65_HS1-834228961_62-HQ-83894_Section_1
Agency: FBI
Page 177
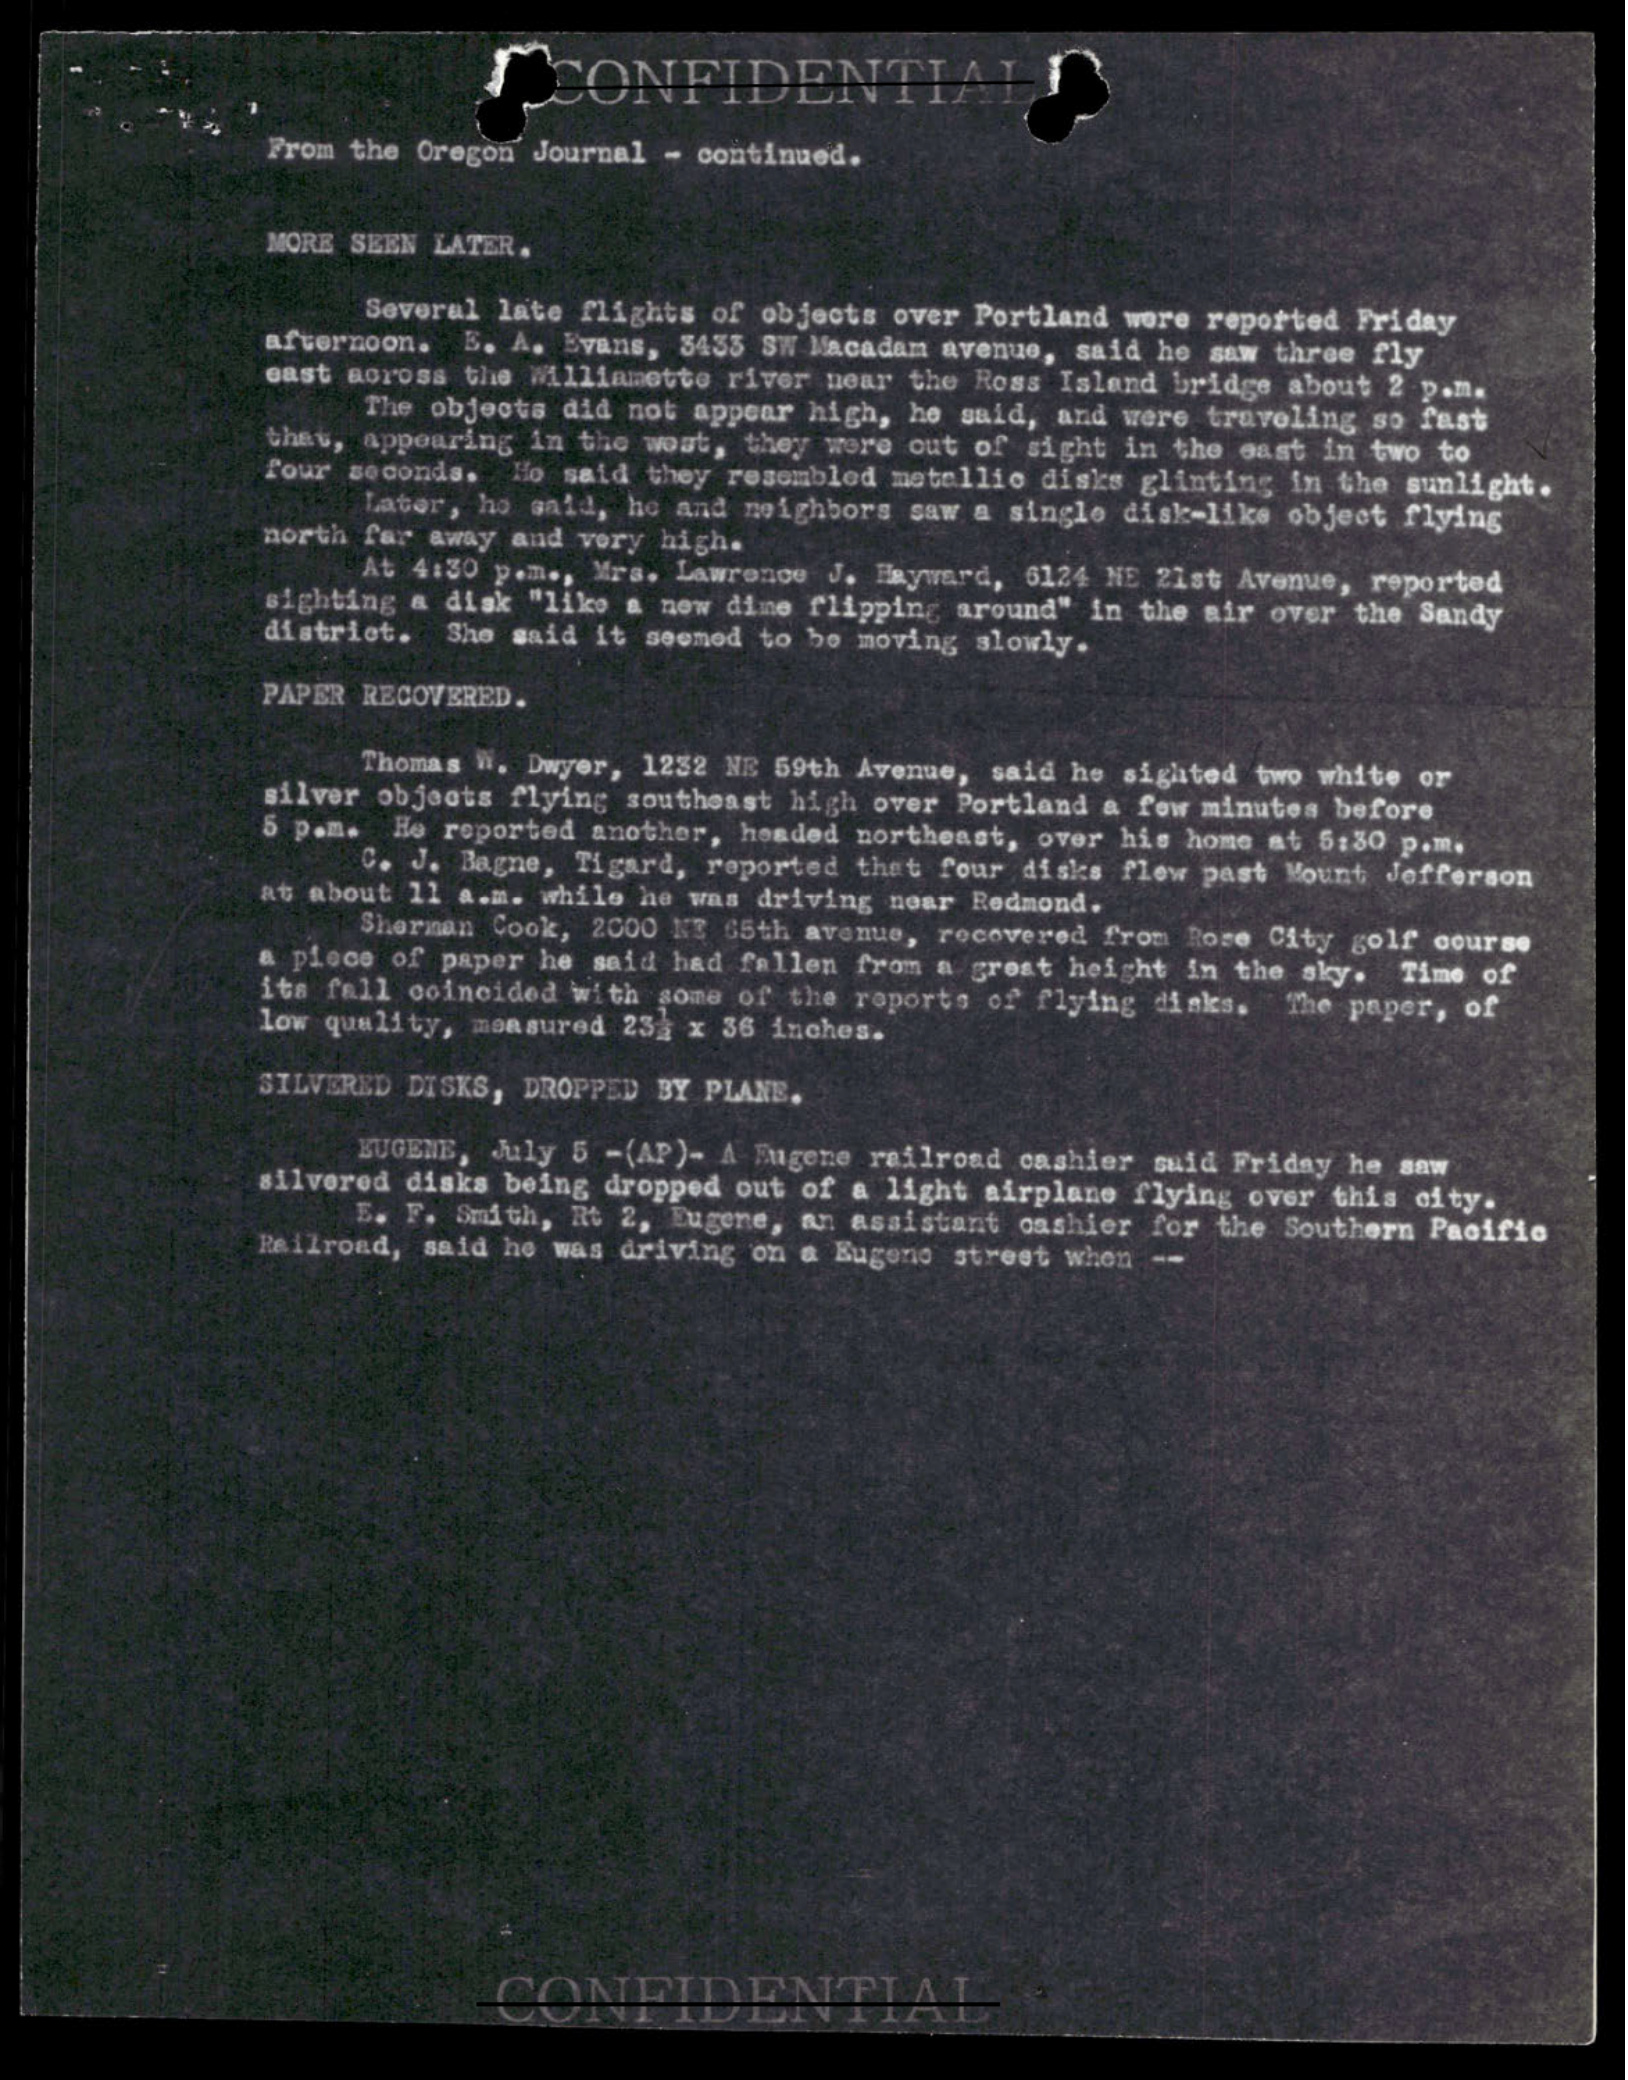